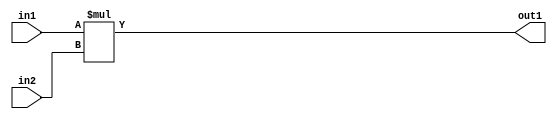
`timescale 1ps / 1ps
/*****************************************************************************
    Verilog RTL Description
    
    
    Created by: Stratus DpOpt 2019.1.01 
*******************************************************************************/

module DC_Filter_Mul_2Ux2U_4U_4 (
	in2,
	in1,
	out1
	); /* architecture "behavioural" */ 
input [1:0] in2,
	in1;
output [3:0] out1;
wire [3:0] asc001;

assign asc001 = 
	+(in1 * in2);

assign out1 = asc001;
endmodule

/* CADENCE  urjzTQA= : u9/ySgnWtBlWxVPRXgAZ4Og= ** DO NOT EDIT THIS LINE ******/